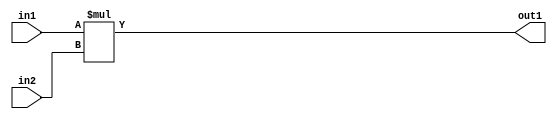
`timescale 1ps / 1ps
/*****************************************************************************
    Verilog RTL Description
    
    
    Created by: Stratus DpOpt 2019.1.01 
*******************************************************************************/

module DC_Filter_Mul_2Ux2U_4U_4 (
	in2,
	in1,
	out1
	); /* architecture "behavioural" */ 
input [1:0] in2,
	in1;
output [3:0] out1;
wire [3:0] asc001;

assign asc001 = 
	+(in1 * in2);

assign out1 = asc001;
endmodule

/* CADENCE  urjzTQA= : u9/ySgnWtBlWxVPRXgAZ4Og= ** DO NOT EDIT THIS LINE ******/